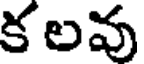
క లవు